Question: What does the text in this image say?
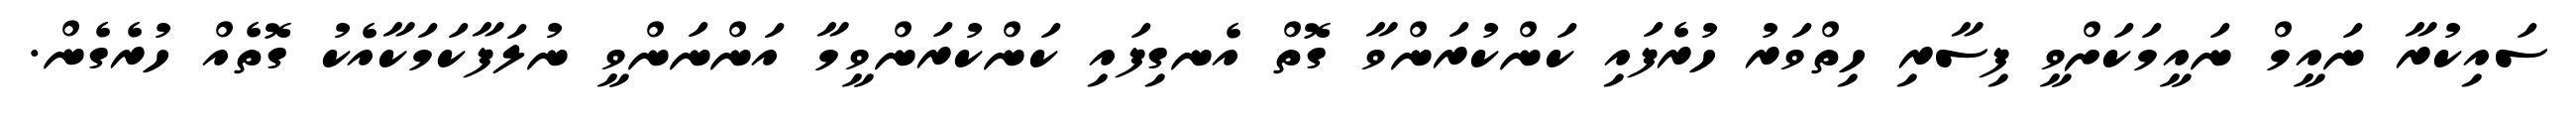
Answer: ސައިކުރާ ނައީމް ނައީމަކަށްވީ ފިސާރި ހިތްވަރު ހުރެފައި ކަންކުރަންވާ ގޮތް އެނގިފައި ކަންކުރަންވީމާ އަންނަންވީ ނުލަފާކަމަކާއެކު ގޮތެއް ހުރެގެން.